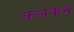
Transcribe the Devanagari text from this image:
कलकत्त